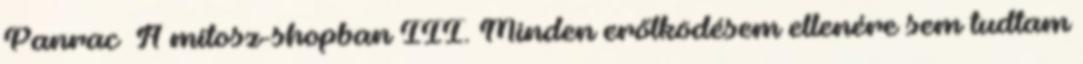
Panrac A mítosz-shopban III. Minden erőlködésem ellenére sem tudtam